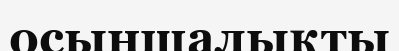
осыншалықты